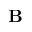
\mathbf { B }